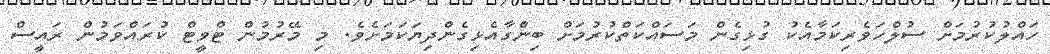
ހައްލުކުރުމަށް ސުލްހަވެރިކަމާއެކު ގުޅިގެން މަސައްކަތްކުރުމަށް ބިންގާއެޅިގެންދިޔަކަމަށެވެ. މި މޭރުމުން ޓްވީޓް ކުރައްވަމުން ރައީސް